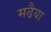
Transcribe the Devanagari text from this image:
मढैया